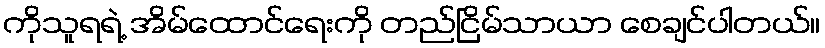
ကိုသူရရဲ့ အိမ်ထောင်ရေးကို တည်ငြိမ်သာယာ စေချင်ပါတယ်။